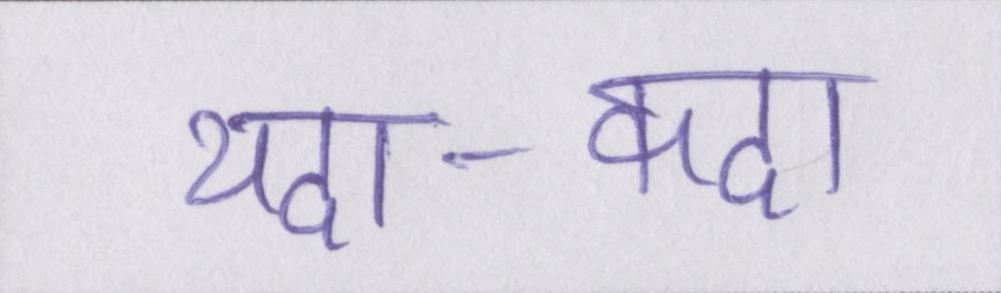
यदा-कदा